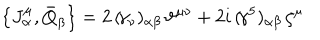
LaTeX: \left\{ J _ { \alpha } ^ { \mu } , \bar { Q } _ { \beta } \right\} = 2 \, ( \! \gamma _ { \nu } ) _ { \alpha \beta } \, \vartheta ^ { \mu \nu } + 2 i \, ( \! \gamma ^ { 5 } ) _ { \alpha \beta } \, \zeta ^ { \mu }